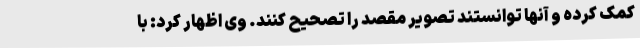
کمک کرده و آنها توانستند تصویر مقصد را تصحیح کنند. وی اظهار کرد: با